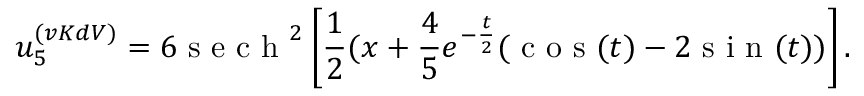
u _ { 5 } ^ { ( v K d V ) } = 6 \mathrm { ~ s ~ e ~ c ~ h ~ } ^ { 2 } \left[ \frac { 1 } { 2 } ( x + \frac { 4 } { 5 } e ^ { - \frac { t } { 2 } } ( \mathrm { ~ c ~ o ~ s ~ } ( t ) - 2 \mathrm { ~ s ~ i ~ n ~ } ( t ) ) \right] .